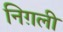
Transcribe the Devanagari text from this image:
निग़ली